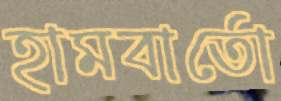
হামবার্তো